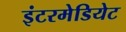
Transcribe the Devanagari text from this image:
इंटरमेडियेट